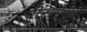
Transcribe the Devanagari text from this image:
बीटामेक्स